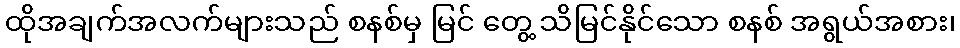
ထိုအချက်အလက်များသည် စနစ်မှ မြင် တွေ့ သိမြင်နိုင်သော စနစ် အရွယ်အစား၊